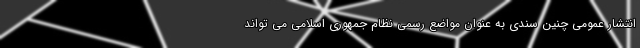
انتشار عمومی چنین سندی به عنوان مواضع رسمی نظام جمهوری اسلامی می تواند